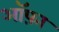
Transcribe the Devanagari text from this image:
ऑफ़ा